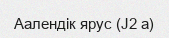
Аалендік ярус (J2 а)